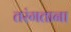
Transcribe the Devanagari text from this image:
तरंगताना